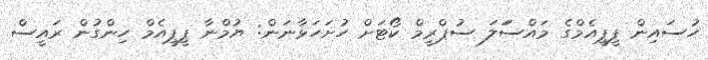
ހުސައިން ޕީޕީއެމްގެ މައްސަަލަ ސުޕްރީމް ކޯޓަށް ހުށަހަޅާނަން: ޔުމްނާ ޕީޕީއެމް ހިންގުން ރައީސް